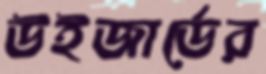
উইজার্ডের